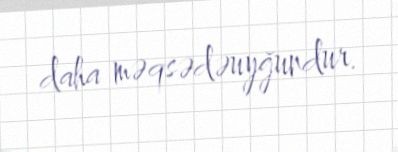
daha məqsədəuyğundur.